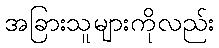
အခြားသူများကိုလည်း